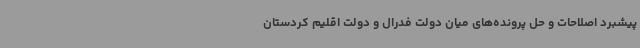
پیشبرد اصلاحات و حل پرونده‌های میان دولت فدرال و دولت اقلیم کردستان